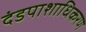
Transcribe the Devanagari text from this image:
दंडपाशाधिकरण